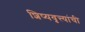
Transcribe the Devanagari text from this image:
शिष्यवृत्त्यांची